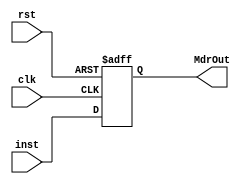
`timescale 1ns/1ns
module MdrReg (clk, rst, inst, MdrOut);
  input [7:0] inst;
  input clk, rst;
  output reg [7:0] MdrOut;
  always@(posedge clk, posedge rst) begin
    if (rst)
      MdrOut <= 8'b0;
    else 
      MdrOut <= inst;
  end
endmodule